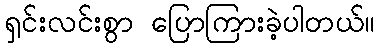
ရှင်းလင်းစွာ ပြောကြားခဲ့ပါတယ်။